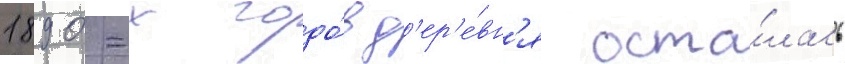
1890-х годо́в д'ер'е́вн'я оста́лась